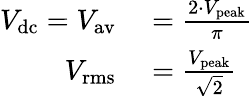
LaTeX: \begin{array}{rl}{V_{\mathrm{dc}}=V_{\mathrm{av}}}&{{}={\frac{2\cdot V_{\mathrm{peak}}}{\pi}}}\\ {V_{\mathrm{rms}}}&{{}={\frac{V_{\mathrm{peak}}}{\sqrt{2}}}}\end{array}